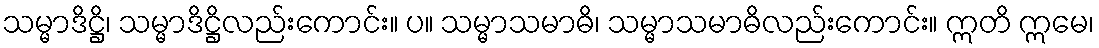
သမ္မာဒိဋ္ဌိ၊ သမ္မာဒိဋ္ဌိလည်းကောင်း။ ပ။ သမ္မာသမာဓိ၊ သမ္မာသမာဓိလည်းကောင်း။ ဣတိ ဣမေ၊